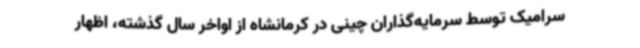
سرامیک توسط سرمایه‌گذاران چینی در کرمانشاه از اواخر سال گذشته، اظهار